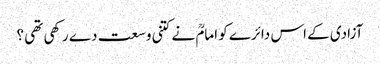
آزادی کے اس دائرے کو امامؒ نے کتنی وسعت دے رکھی تھی ؟